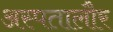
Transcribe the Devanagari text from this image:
अस्पतालौर